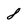
Character: 8